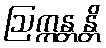
ဩက္ကန္တန္တိ